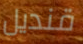
قنديل